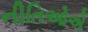
નીતિઓએ